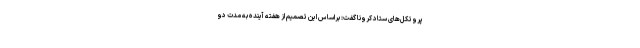
پروتکل‌های ستاد کرونا گفت: براساس این تصمیم از هفته آینده به مدت دو